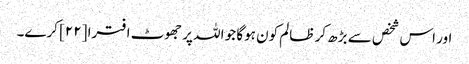
اور اس شخص سے بڑھ کر ظالم کون ہوگا جو اللہ پر جھوٹ افترا [٢٢] کرے۔